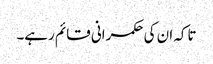
تاکہ ان کی حکمرانی قائم رہے۔